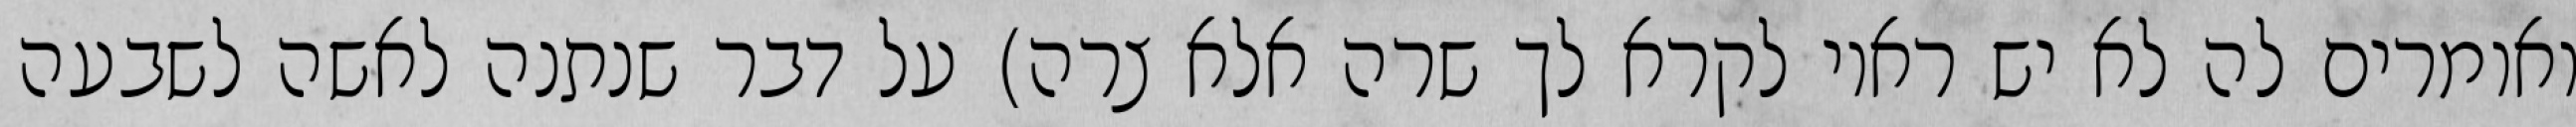
ואומרים לה לא יש ראוי לקרא לך שרה אלא צרה) על דבר שנתנה לאשה לשבעה